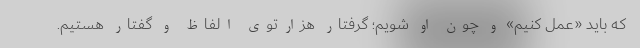
که باید «عمل کنیم» و چون او شویم؛ گرفتار هزارتوی الفاظ و گفتار هستیم.